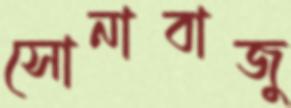
সোনাবাজু